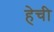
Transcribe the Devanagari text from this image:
हेची